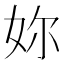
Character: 妳